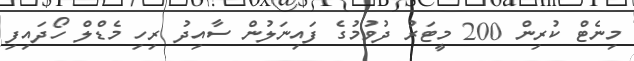
މިނެޓް ކުރިން 200 މީޓަރު ދުވުމުގެ ފައިނަލުން ސާއިދު ރިހި މެޑްލް ހޯދައިފި